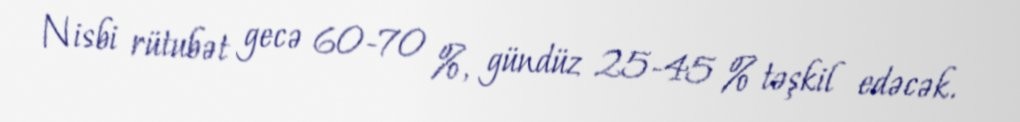
Nisbi rütubət gecə 60-70 %, gündüz 25-45 % təşkil edəcək.